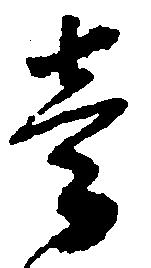
壱